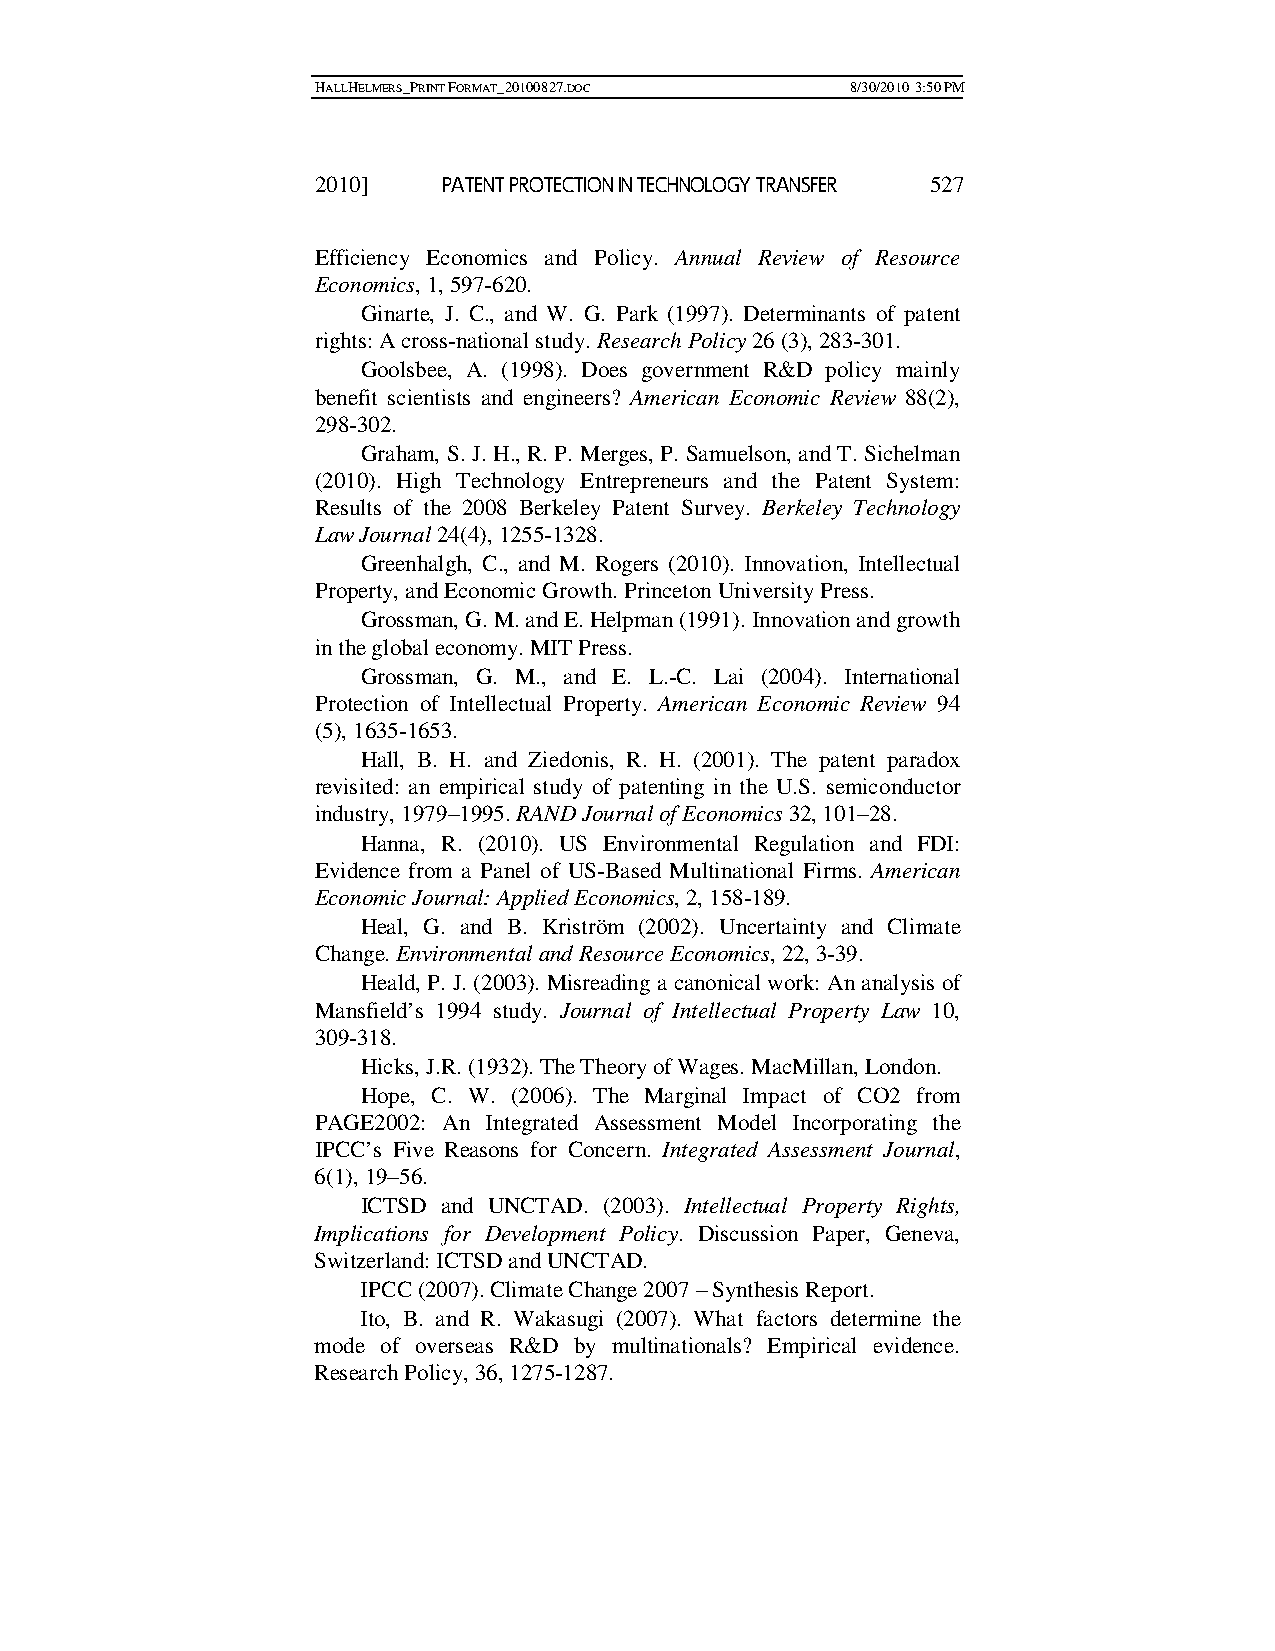
HALLHELMERS_PRINT FORMAT_20100827.DOC 8/30/2010 3:50 PM
 2010]   PATENT PROTECTION IN TECHNOLOGY TRANSFER 527
 Efficiency Economics and Policy. Annual Review of Resource
 Economics, 1, 597-620.
 Ginarte, J. C., and W. G. Park (1997). Determinants of patent
 rights: A cross-national study. Research Policy 26 (3), 283-301.
 Goolsbee, A. (1998). Does government R&D policy mainly
 benefit scientists and engineers? American Economic Review 88(2),
 298-302.
 Graham, S. J. H., R. P. Merges, P. Samuelson, and T. Sichelman
 (2010). High Technology Entrepreneurs and the Patent System:
 Results of the 2008 Berkeley Patent Survey. Berkeley Technology
 Law Journal 24(4), 1255-1328.
 Greenhalgh, C., and M. Rogers (2010). Innovation, Intellectual
 Property, and Economic Growth. Princeton University Press.
 Grossman, G. M. and E. Helpman (1991). Innovation and growth
 in the global economy. MIT Press.
 Grossman, G. M., and E. L.-C. Lai (2004). International
 Protection of Intellectual Property. American Economic Review 94
 (5), 1635-1653.
 Hall, B. H. and Ziedonis, R. H. (2001). The patent paradox
 revisited: an empirical study of patenting in the U.S. semiconductor
 industry, 1979–1995. RAND Journal of Economics 32, 101–28.
 Hanna, R. (2010). US Environmental Regulation and FDI:
 Evidence from a Panel of US-Based Multinational Firms. American
 Economic Journal: Applied Economics, 2, 158-189.
 Heal, G. and B. Kriström (2002). Uncertainty and Climate
 Change. Environmental and Resource Economics, 22, 3-39.
 Heald, P. J. (2003). Misreading a canonical work: An analysis of
 Mansfield’s 1994 study. Journal of Intellectual Property Law 10,
 309-318.
 Hicks, J.R. (1932). The Theory of Wages. MacMillan, London.
 Hope, C. W. (2006). The Marginal Impact of CO2 from
 PAGE2002: An Integrated Assessment Model Incorporating the
 IPCC’s Five Reasons for Concern. Integrated Assessment Journal,
 6(1), 19–56.
 ICTSD and UNCTAD. (2003). Intellectual Property Rights,
 Implications for Development Policy. Discussion Paper, Geneva,
 Switzerland: ICTSD and UNCTAD.
 IPCC (2007). Climate Change 2007 – Synthesis Report.
 Ito, B. and R. Wakasugi (2007). What factors determine the
 mode of overseas R&D by multinationals? Empirical evidence.
 Research Policy, 36, 1275-1287.